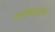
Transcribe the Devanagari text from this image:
रसकलस